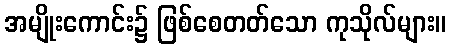
အမျိုးကောင်း၌ ဖြစ်စေတတ်သော ကုသိုလ်များ။